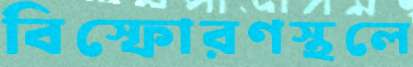
বিস্ফোরণস্থলে